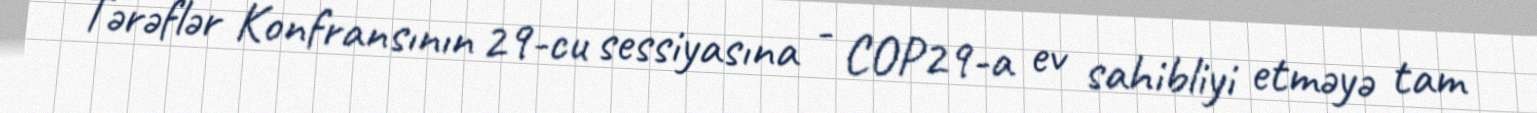
Tərəflər Konfransının 29-cu sessiyasına - COP29-a ev sahibliyi etməyə tam